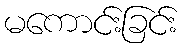
မကောင်းခြင်း